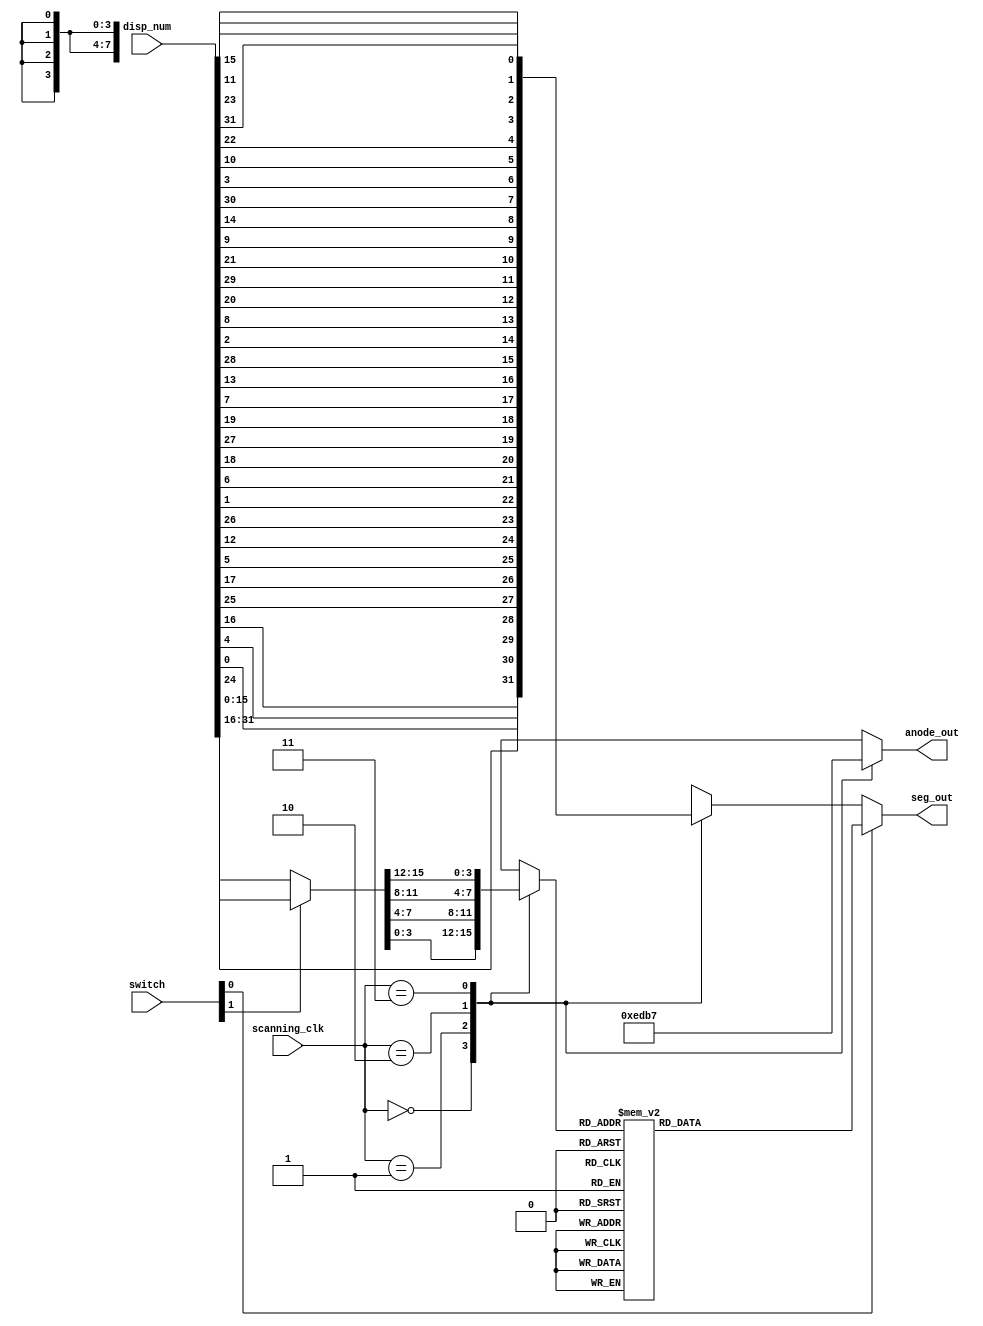
`timescale 1ns / 1ps
//////////////////////////////////////////////////////////////////////////////////
// Companode_outy: 
// Engineer: 
// 
// Design Name: 
// Module Name:    seven_seg_dev 
// Project Name: 
// Target Devices: 
// Tool versions: 
// Description: 
//
// Dependencies: 
//
// Revision: 
// Revision 0.01 - File Created
// Additional Comments: 
//
//////////////////////////////////////////////////////////////////////////////////
module hex7seg (

	//CLK & RST
	input wire [1:0] scanning_clk, 	// 

	//INPUT
	input wire [31:0] disp_num, 	// 32
	input wire [1:0] switch,		// switch[0]0: 1:16*2
	
	//OUTPUT
	output wire [7:0] seg_out, 		// 7
	output reg [3:0] anode_out 			// 47
);


	reg [3:0] digit;
	reg [7:0] graph_seg, digit_seg;
	wire [15:0] disp_current;
	
	assign seg_out = switch[0] ? digit_seg : graph_seg; // 01:16
	assign disp_current = switch[1] ? disp_num[31:16] : disp_num[15:0];// 0:16,1:16
	
	
	
	// graph_seg".xlsx"
	// 
	always @ (*) begin
		case (scanning_clk) // graph_seg7
			0: begin // disp_num[7:0]
				digit = disp_current[3:0]; //16D3~D0D19~D16
				
				graph_seg = {disp_num[24], disp_num[0], disp_num[4], disp_num[16],		//
				disp_num[25], disp_num[17], disp_num[5], disp_num[12]}; 
				
				anode_out = 4'b1110;
				end
				
			1: begin // disp_num[15:8]
				digit = disp_current[7:4]; //16D7~D4D23~D20
				graph_seg = {disp_num[26], disp_num[1], disp_num[6], disp_num[18],		//
				disp_num[27], disp_num[19], disp_num[7], disp_num[13]};
				
				anode_out = 4'b1101;
				end
				
			2: begin // disp_num[23:16]
				digit = disp_current[11:8]; //16D11~D8D27~D24
				graph_seg = {disp_num[28], disp_num[2], disp_num[8], disp_num[20],		//
				disp_num[29], disp_num[21], disp_num[9], disp_num[14]};
				
				anode_out = 4'b1011;
				end
				
			3: begin // disp_num[31:24]
				digit = disp_current[15:12]; //16D15~D12D31~D28
				graph_seg = {disp_num[30], disp_num[3], disp_num[10], disp_num[22],	//
				disp_num[31], disp_num[23], disp_num[11], disp_num[15]};
				
				anode_out = 4'b0111;
				end
				
		endcase
	end


	// hex7seg_Decod1601 
	always @ (*) 
		begin 
			case (digit) 
				4'h0: digit_seg = 7'b0000001; 
				4'h1: digit_seg = 7'b1001111; 
				4'h2: digit_seg = 7'b0010010; 
				4'h3: digit_seg = 7'b0000110; 
				4'h4: digit_seg = 7'b1001100; 
				4'h5: digit_seg = 7'b0100100; 
				4'h6: digit_seg = 7'b0100000; 
				4'h7: digit_seg = 7'b0001111; 
				4'h8: digit_seg = 7'b0000000; 
				4'h9: digit_seg = 7'b0000100; 
				4'hA: digit_seg = 7'b0001000; 
				4'hB: digit_seg = 7'b1100000; 
				4'hC: digit_seg = 7'b0110001; 
				4'hD: digit_seg = 7'b1000010; 
				4'hE: digit_seg = 7'b0110000; 
				4'hF: digit_seg = 7'b0111000; 
			endcase 
		end 
endmodule